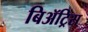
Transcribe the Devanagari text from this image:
बिॲट्रिस